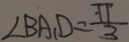
\angle B A _ { 1 } D = \frac { \pi } { 3 }